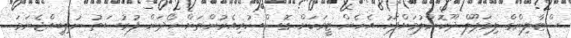
ސްޓާލިންގް ލިވަޕޫލް ދޫކޮށްލުމަށްފަހު އެހެން ޓީމަކަށް ގޮސް ކުރިއެރުންތަށް ހޯދަން ފުރުސަތު ނުލިބިއްޖެނަމަ